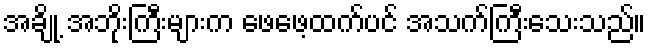
အချို့ အဘိုးကြီးများက ဖေဖေ့ထက်ပင် အသက်ကြီးသေးသည်။